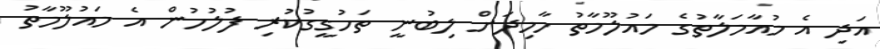
އަދި އެ މުއާމަލާތުގެ މައުލޫމާތު ހާމިދަށް ލިބުނީ ތަހުގީގުކުރި ފުލުހުން އެ މައުލޫމާތު